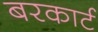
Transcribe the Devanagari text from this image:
बरकार्ट